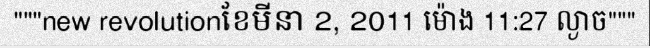
"""new revolutionខែមីនា 2, 2011 ម៉ោង 11:27 ល្ងាច"""